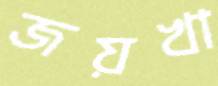
জয়খা